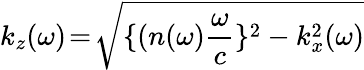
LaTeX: k_{z}(\omega)\! =\! \sqrt{\{ (n(\omega)\frac{\omega}{c}\} ^{2}-k_{x}^{2}(\omega)}